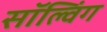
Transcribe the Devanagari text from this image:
सॉल्विंग